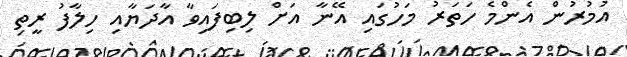
އުމުރުން އެންމެ ހަތަރު މަހުގައި އޭނާ އަށް ލިބިފައިވާ އާދަޔާއި ހިލާފު ރީތި